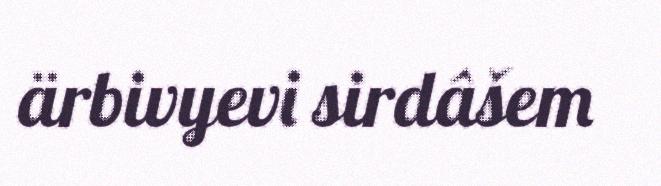
ärbivyevi sirdâšem